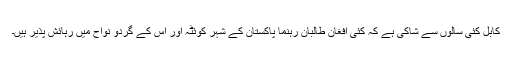
کابل کئی سالوں سے شاکی ہے کہ کئی افغان طالبان رہنما پاکستان کے شہر کوئٹہ اور اُس کے گردو نواح میں رہائش پذیر ہیں۔